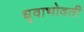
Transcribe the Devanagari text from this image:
धृवाभोवती